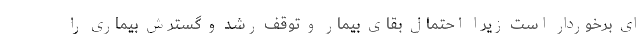
ای برخوردار است زیرا احتمال بقای بیمار و توقف رشد و گسترش بیماری را